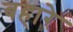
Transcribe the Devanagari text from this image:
बहारे